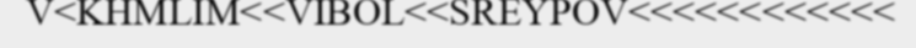
V<KHMLIM<<VIBOL<<SREYPOV<<<<<<<<<<<<